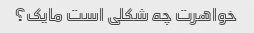
خواهرت چه شکلی است مایک؟